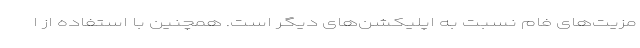
مزیت‌های فام نسبت به اپلیکشن‌های دیگر است. همچنین با استفاده از ا